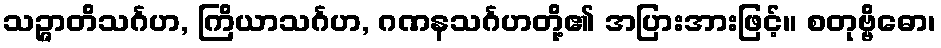
သဉ္ဇာတိသင်္ဂဟ, ကြိယာသင်္ဂဟ, ဂဏနသင်္ဂဟတို့၏ အပြားအားဖြင့်။ စတုဗ္ဗိဓော၊